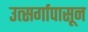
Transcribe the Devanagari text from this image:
उत्सर्गापासून